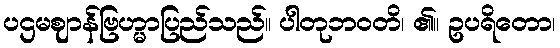
ပဌမဈာန်ဗြဟ္မာပြည်သည်။ ပါတုဘဝတိ၊ ၏။ ဥပရိတော၊